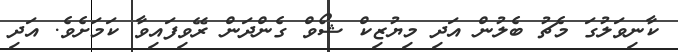
ކާނިވަލުގަ މެޗު ބެލުން އަދި މިޔުޒިކް ޝޯވް ގެންދަން ރޭވިފައިވާ ކަމަށެވެ. އަދި